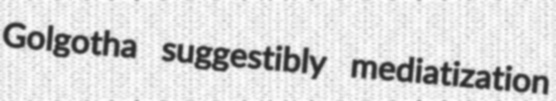
Golgotha suggestibly mediatization